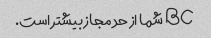
BC شما از حد مجاز بیشتر است.